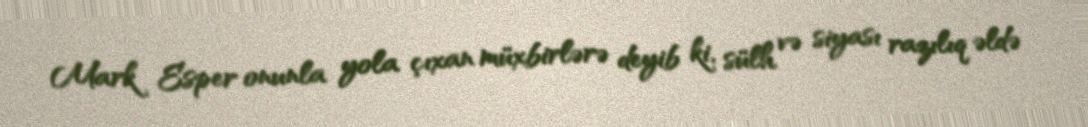
Mark Esper onunla yola çıxan müxbirlərə deyib ki, sülh və siyası razılıq əldə